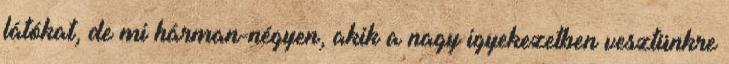
látókat, de mi hárman-négyen, akik a nagy igyekezetben vesztünkre